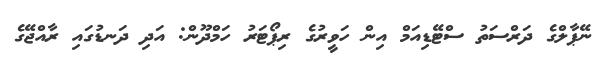
ނޭޕާލްގެ ދަރްސަތު ސްޓޭޑިއަމް އިން ހަވީރުގެ ރިޕޯޓަރު ހަމްދޫން: އަދި ދަނޑުގައި ރާއްޖޭގެ